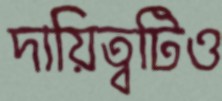
দায়িত্বটিও